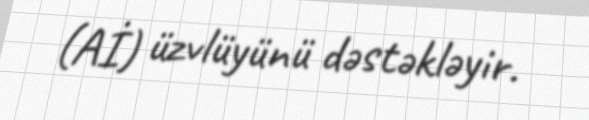
(Aİ) üzvlüyünü dəstəkləyir.